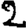
Digit: 2